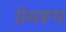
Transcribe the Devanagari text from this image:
प्रेमरूप